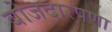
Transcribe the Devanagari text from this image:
बोजदारपणा